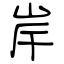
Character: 岸